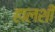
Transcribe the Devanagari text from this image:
हालशी